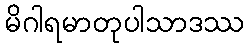
မိဂါရမာတုပါသာဒဿ